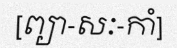
[ព្យា-សៈ-កាំ]